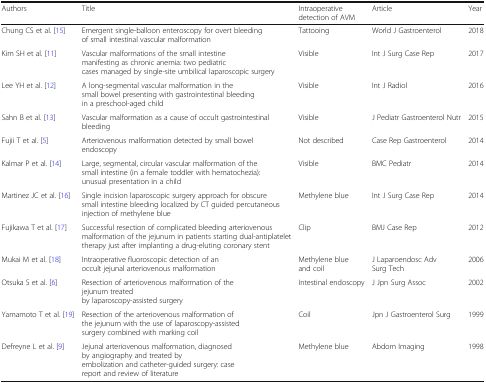
<table><thead><tr><td><b>Authors</b></td><td><b>Title</b></td><td><b>Intraoperative detection of AVM</b></td><td><b>Article</b></td><td><b>Year</b></td></tr></thead><tbody><tr><td>Chung CS et al. [15]</td><td>Emergent single-balloon enteroscopy for overt bleeding of small intestinal vascular malformation</td><td>Tattooing</td><td>World J Gastroenterol</td><td>2018</td></tr><tr><td>Kim SH et al. [11]</td><td>Vascular malformations of the small intestine manifesting as chronic anemia: two pediatric cases managed by single-site umbilical laparoscopic surgery</td><td>Visible</td><td>Int J Surg Case Rep</td><td>2017</td></tr><tr><td>Lee YH et al. [12]</td><td>A long-segmental vascular malformation in the small bowel presenting with gastrointestinal bleeding in a preschool-aged child</td><td>Visible</td><td>Int J Radiol</td><td>2016</td></tr><tr><td>Sahn B et al. [13]</td><td>Vascular malformation as a cause of occult gastrointestinal bleeding</td><td>Visible</td><td>J Pediatr Gastroenterol Nutr</td><td>2015</td></tr><tr><td>Fujii T et al. [5]</td><td>Arteriovenous malformation detected by small bowel endoscopy</td><td>Not described</td><td>Case Rep Gastroenterol</td><td>2014</td></tr><tr><td>Kalmar P et al. [14]</td><td>Large, segmental, circular vascular malformation of the small intestine (in a female toddler with hematochezia): unusual presentation in a child</td><td>Visible</td><td>BMC Pediatr</td><td>2014</td></tr><tr><td>Martinez JC et al. [16]</td><td>Single incision laparoscopic surgery approach for obscure small intestine bleeding localized by CT guided percutaneous injection of methylene blue</td><td>Methylene blue</td><td>Int J Surg Case Rep</td><td>2014</td></tr><tr><td>Fujikawa T et al. [17]</td><td>Successful resection of complicated bleeding arteriovenous malformation of the jejunum in patients starting dual-antiplatelet therapy just after implanting a drug-eluting coronary stent</td><td>Clip</td><td>BMJ Case Rep</td><td>2012</td></tr><tr><td>Mukai M et al. [18]</td><td>Intraoperative fluoroscopic detection of an occult jejunal arteriovenous malformation</td><td>Methylene blue and coil</td><td>J Laparoendosc Adv Surg Tech</td><td>2006</td></tr><tr><td>Otsuka S et al. [6]</td><td>Resection of arteriovenous malformation of the jejunum treated by laparoscopy-assisted surgery</td><td>Intestinal endoscopy</td><td>J Jpn Surg Assoc</td><td>2002</td></tr><tr><td>Yamamoto T et al. [19]</td><td>Resection of the arteriovenous malformation of the jejunum with the use of laparoscopy-assisted surgery combined with marking coil</td><td>Coil</td><td>Jpn J Gastroenterol Surg</td><td>1999</td></tr><tr><td>Defreyne L et al. [9]</td><td>Jejunal arteriovenous malformation, diagnosed by angiography and treated by embolization and catheter-guided surgery: case report and review of literature</td><td>Methylene blue</td><td>Abdom Imaging</td><td>1998</td></tr></tbody></table>